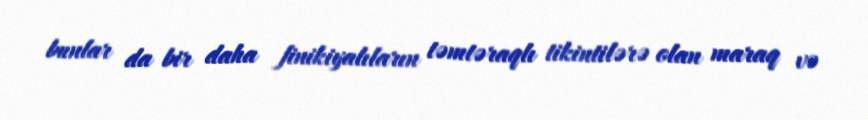
bunlar da bir daha finikiyalıların təmtəraqlı tikintilərə olan maraq və